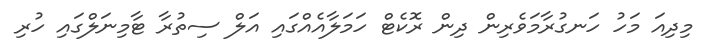
މިދިއަ މަހު ހަނގުރާމަވެރިން ދިން ރޮކެޓް ހަމަލާއެއްގައި އަލް ސިތުރާ ޓާމިނަލްގައި ހުރި